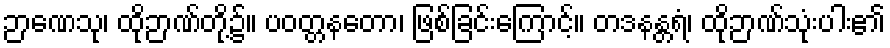
ဉာဏေသု၊ ထိုဉာဏ်တို့၌။ ပဝတ္တနတော၊ ဖြစ်ခြင်းကြောင့်။ တဒနန္တရံ၊ ထိုဉာဏ်သုံးပါး၏